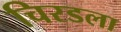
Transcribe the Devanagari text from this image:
चिरडला